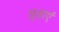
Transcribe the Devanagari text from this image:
छुडाएं